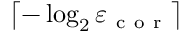
\left\lceil - \log _ { 2 } \varepsilon _ { \mathrm { ~ c ~ o ~ r ~ } } \right\rceil